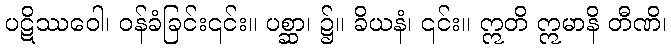
ပဋိဿဝေါ၊ ဝန်ခံခြင်း၎င်း။ ပစ္ဆာ၊ ၌။ ခိယနံ၊ ၎င်း။ ဣတိ ဣမာနိ တီဏိ၊